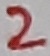
Text: 2